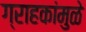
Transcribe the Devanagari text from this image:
ग्राहकांमुळे